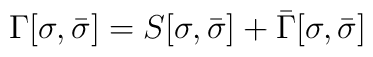
\Gamma[\sigma,\bar{\sigma}]=S[\sigma,\bar{\sigma}]+\bar{\Gamma}[\sigma,\bar{\sigma}]